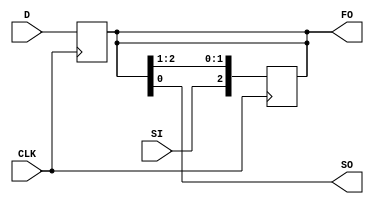


module shift_reg_p (CLK, SI, D, SO, FO);
  parameter k = 3;
  input[k-1:0] D;
  input  CLK, SI;
  output SO;
  output [k-1:0] FO;
  reg[k-1:0] tmp = 0;
  always @ (negedge CLK)
    tmp = D;
  always @ ( posedge CLK )
    tmp = {SI, tmp[k-1:1]};

  assign SO = tmp[0];
  assign FO = tmp;
endmodule //a_register

module shift_reg_a (CLK, SI, D, SO, FO);
  parameter k = 3;
  input[k-1:0] D;
  input  CLK, SI;
  output SO;
  output [k-1:0] FO;
  reg[k-1:0] tmp = 0;
  always @ (D)
    tmp = D;
  always @ ( posedge CLK )
    tmp = {SI, tmp[k-1:1]};

  assign SO = tmp[0];
  assign FO = tmp;
endmodule //a_register